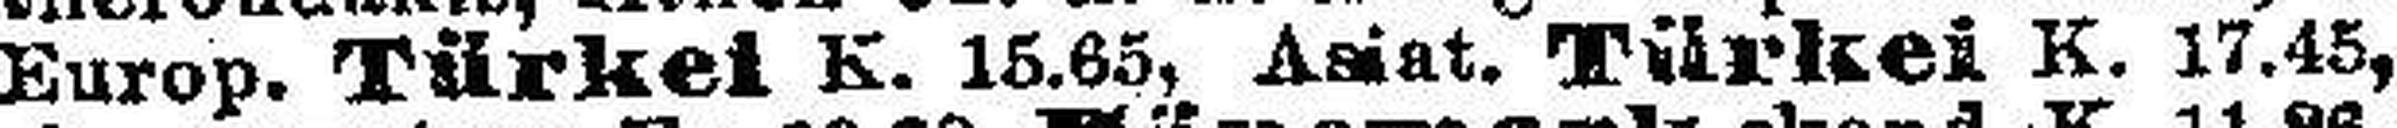
Europ. Türkei K. 15.65, Asiat. Türkei K. 17.45,